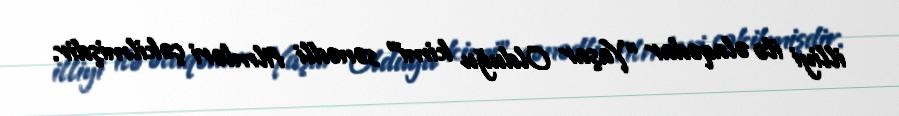
illiyi ilə əlaqədar "Yaşar Olduğu kimi" sənədli filmləri çəkilmişdir.